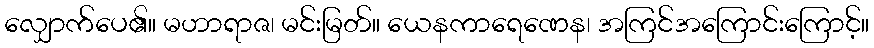
လျှောက်ပေ၏။ မဟာရာဇ၊ မင်းမြတ်။ ယေနကာရေဏေန၊ အကြင်အကြောင်းကြောင့်။